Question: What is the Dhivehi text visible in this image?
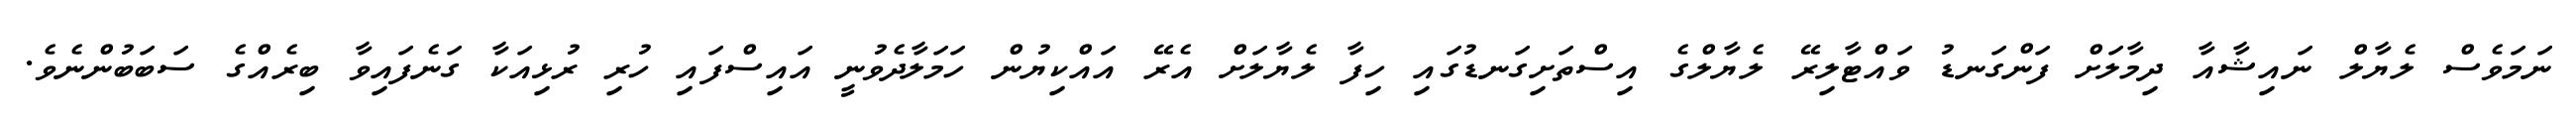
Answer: ނަމަވެސް ލެޔާލް ނައިޝާއާ ދިމާލަށް ފަންގަނޑު ވައްޓާލިރޭ ލެޔާލްގެ އިސްތަށިގަނޑުގައި ހިފާ ލެޔާލަށް އެރޭ އައްކިޔުން ހަމަލާދެވުނީ އައިސްފައި ހުރި ރުޅިއަކާ ގަނެފައިވާ ބިރެއްގެ ސަބަބުންނެވެ.